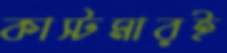
কাস্টমারই